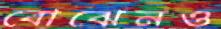
বোঝেনও